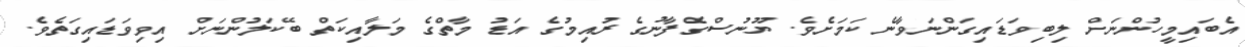
އެބައިމީހުންނަށް ލިބިވަޑައިގަންނަވާނެ ކަމަށެވެ. ޔޫނުސްގެފާނުގެ ރުއިމުގެ އަޑު މާތްގެ މަލާއިކަތް ބޭކަލުންނަށް އިވިވަޑައިގަތެވެ.